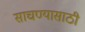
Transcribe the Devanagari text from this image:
साचण्यासाठी